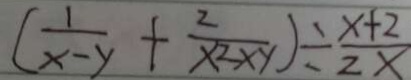
( \frac { 1 } { x - y } + \frac { 2 } { x ^ { 2 } \times y } ) \div \frac { x + 2 } { 2 x }